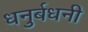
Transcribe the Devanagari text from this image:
धनुर्बधनी